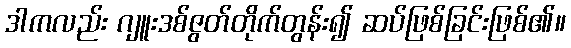
ဒါကလည်း ဂျူးဒစ်ဇွတ်တိုက်တွန်း၍ ဆပ်ဖြစ်ခြင်းဖြစ်၏။